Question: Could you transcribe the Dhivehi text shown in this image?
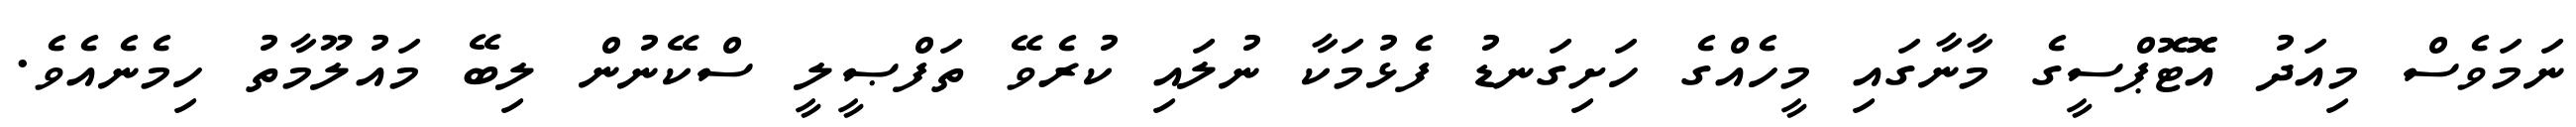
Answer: ނަމަވެސް މިއަދު އޮޮޓޮޕްސީގެ މާނާގައި މީހެއްގެ ހަށިގަނޑު ފެޅުމަކާ ނުލައި ކުރެވޭ ތަފްޞީލީ ސްކޭނުން ލިބޭ މައުލޫމާތު ހިމެނެއެވެ.